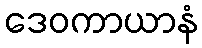
ဒေဝကာယာနံ